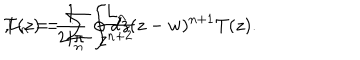
LaTeX: T ( z ) = \sum _ { n } \frac { L _ { n } } { z ^ { n + 2 } } \hspace { 5 m m } , \hspace { 5 m m } L _ { n } = \frac { 1 } { 2 i \pi } \oint { d z ( z - w ) ^ { n + 1 } } T ( z ) .